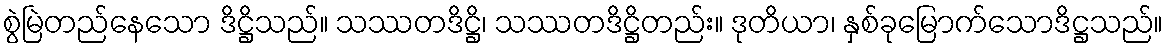
စွဲမြဲတည်နေသော ဒိဋ္ဌိသည်။ သဿတဒိဋ္ဌိ၊ သဿတဒိဋ္ဌိတည်း။ ဒုတိယာ၊ နှစ်ခုမြောက်သောဒိဋ္ဌသည်။